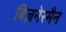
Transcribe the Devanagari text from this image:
बिज़नेस्मैन